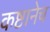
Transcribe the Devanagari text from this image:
कष्टानेच